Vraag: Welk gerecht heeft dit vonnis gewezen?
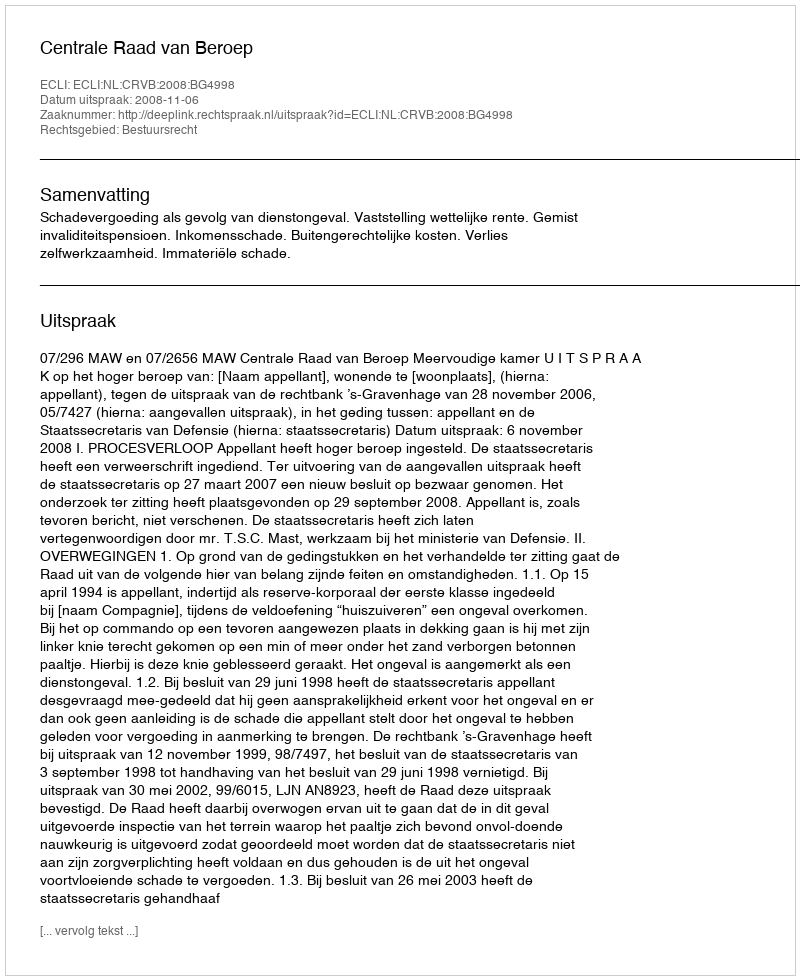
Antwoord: Centrale Raad van Beroep